Kominterni_Eesti_sektsioon_Moskvas, lk 32
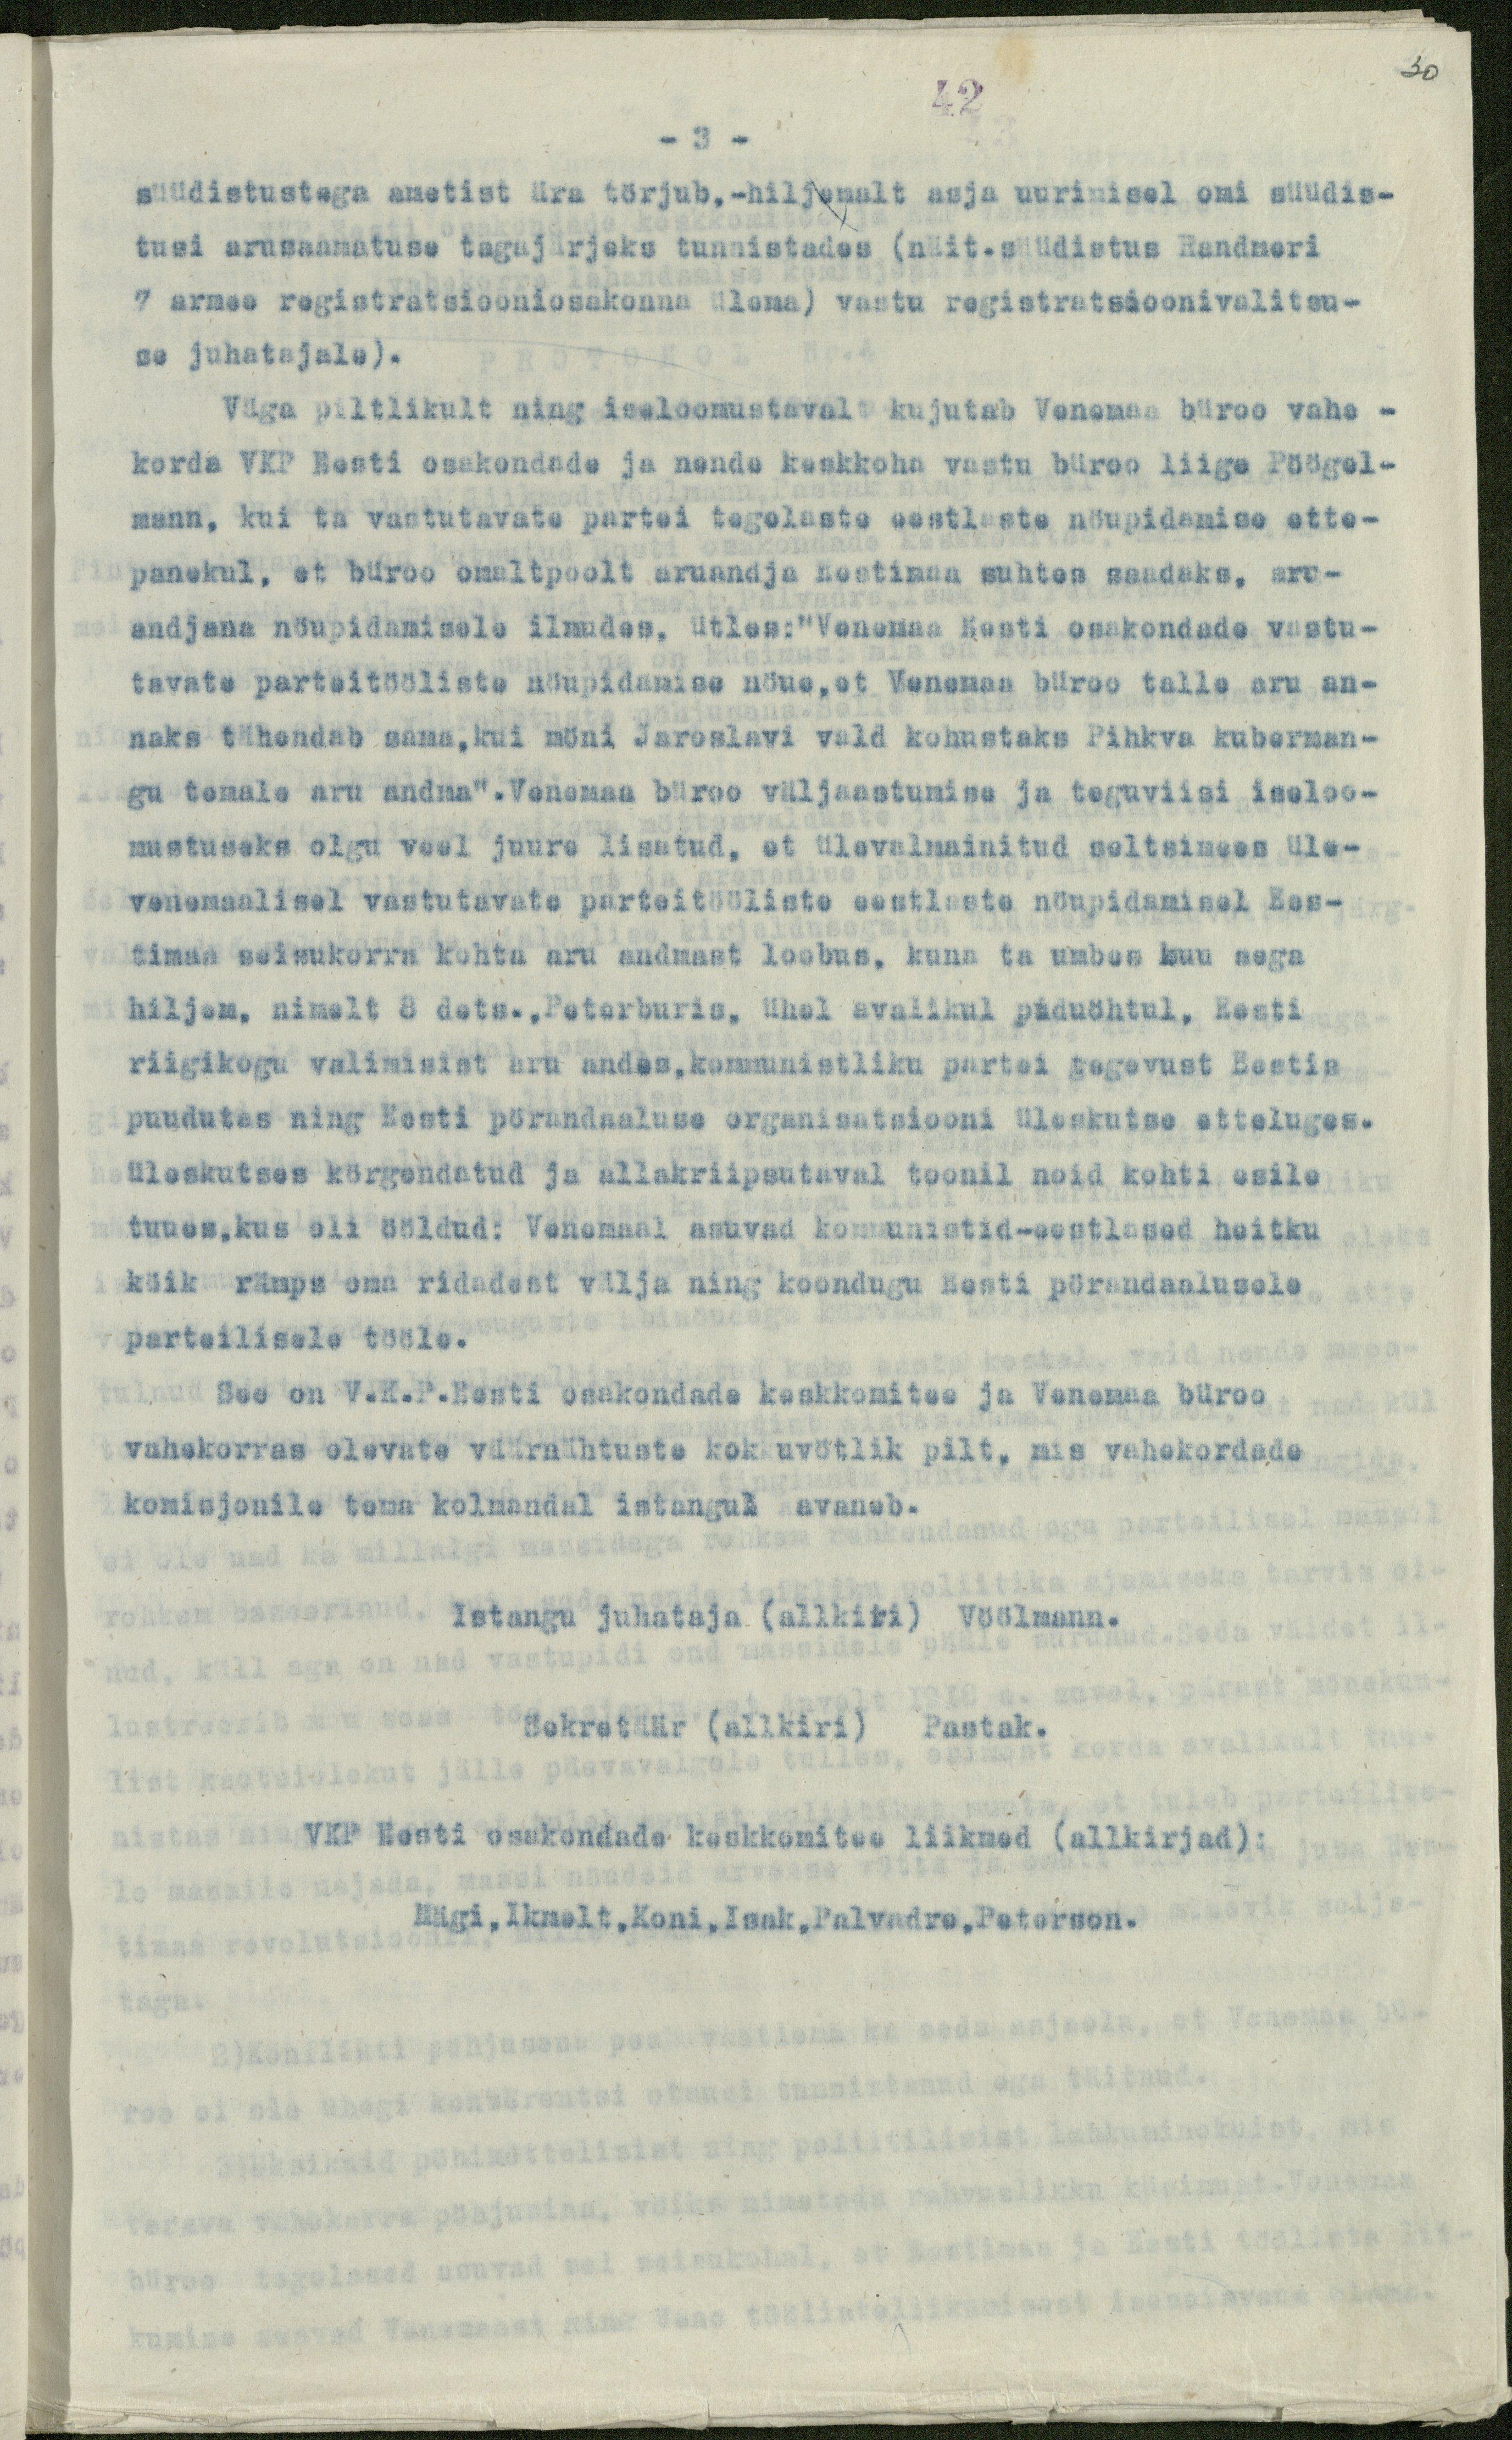
30

42
- 3 -
süüdistustega ametist ära törjub.-hiljemalt asja uurimisel omi süüdis-
tusi arusaamatuse tagajärjeks tunnistades (näit.süüdistus Randneri
7 armee registratsiooniosakonna ülema) vastu registratsioonivalitsu-
se juhatajale).
Väga piltlikult ning iseloomustavalt kujutab Venemaa büroo vahe-
korda VKP Eesti osakondade ja nende keskkoha vastu büroo liige Pöögel-
mann, kui ta vastutavate partei tegelaste eestlaste nöupidamise ette-
panekul, et büroo omaltpoolt aruandja Eestimaa suhtes saadaks, aru-
andjana nöupidamisele ilmudes, ütles: "Venemaa Eesti osakondade vastu-
tavate parteitööliste nöupidamise nöue, et Venemaa büroo talle aru an-
naks tähendab sama, kui möni Jaroslavi vald kohustaks Pihkva kuberman-
gu temale aru andma". Venemaa büroo väljaastumise ja teguviisi iseloo-
mustuseks olgu veel juure lisatud, et ülevalmainitud seltsimees üle-
venemaalisel vastutavate parteitööliste eestlaste nöupidamisel Ees-
timaa seisukorra kohta aru andmast loobus, kuna ta umbes kuu aega
hiljem, nimelt 8 dets., Peterburis, ühel avalikul piduöhtul, Eesti
riigikogu valimisist aru andas, kommunistliku partei tegevust Eestis
puudutas ning Eesti pörandaaluse organisatsiooni üleskutse etteluges.
üleskutses körgendatud ja allakriipsutaval toonil noid kohti esile
tuues, kus oli ööldud: Venemaal asuvad kommunistid-eestlased heitku
köik rämps oma ridadest välja ning koondugu Eesti pörandaalusele
parteilisele tööle.
See on V.K.P.Eesti osakondade keskkomitee ja Venemaa büroo
vahekorras olevate väärnähtuste kokkuvötlik pilt, mis vahekordade
komisjonile tema kolmandal istangul avaneb.
Istangu juhataja (allkiri) Vöölmann.
Sekretäär (allkiri) Pastak.
VKP Eesti osakondade keskkomitee liikmed (allkirjad):
Mägi, Ikmelt, Koni, Isak, Palvadre, Peterson.